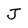
Character: J